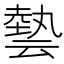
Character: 㙯